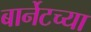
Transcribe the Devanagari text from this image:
बार्नेटच्या